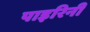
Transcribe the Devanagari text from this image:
पाइरिनी